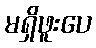
မရှိဖူးပေ